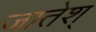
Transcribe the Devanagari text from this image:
जातेश्